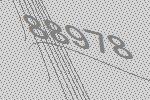
88978